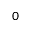
0